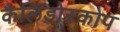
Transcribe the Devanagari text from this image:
कैलिडोस्कोप